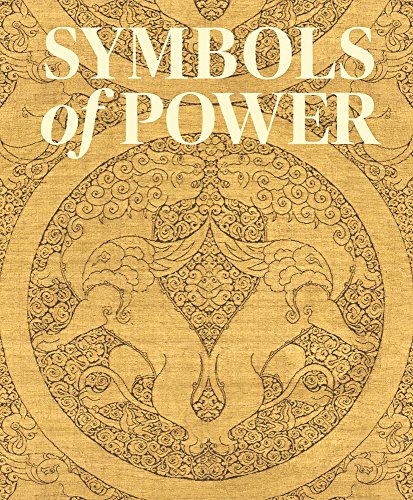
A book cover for Symbols of Power: Luxury Textiles from Islamic Lands, 7thEE21st Century (Cleveland Museum of Art); Louise W. Mackie; Crafts, Hobbies & Home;